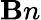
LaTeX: \mathbf{B}n